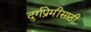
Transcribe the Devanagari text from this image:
दुर्गप्रेमींसाठी